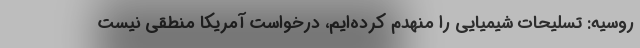
روسیه: تسلیحات شیمیایی را منهدم کرده‌ایم، درخواست آمریکا منطقی نیست